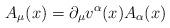
LaTeX: \begin{align*}A_{\mu}(x)=\partial_{\mu}v^{\alpha}(x)A_{\alpha}(x)\end{align*}